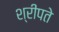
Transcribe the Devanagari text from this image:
श्रीपते